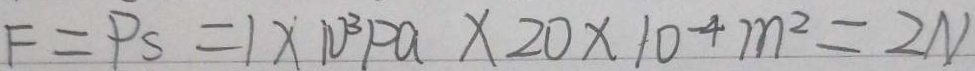
F = P s = 1 \times 1 0 ^ { 3 } P a \times 2 0 \times 1 0 ^ { - 4 } m ^ { 2 } = 2 N